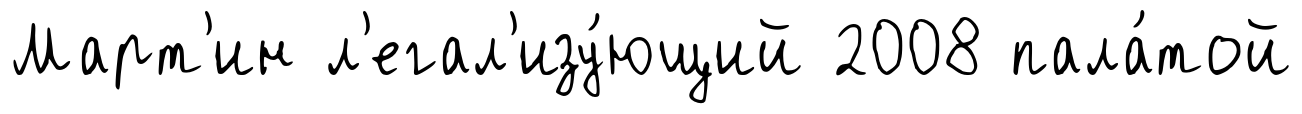
Март'ин л'егал'изу́ющий 2008 пала́той